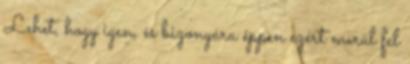
Lehet, hogy igen, és bizonyára éppen ezért merül fel